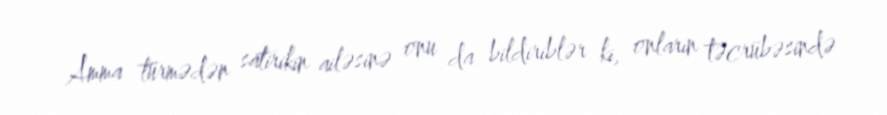
Amma türmədən satirikin ailəsinə onu da bildiriblər ki, onların təcrübəsində